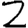
Digit: 2